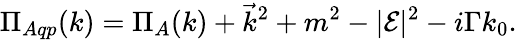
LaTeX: \Pi_{Aqp}(k)=\Pi_{A}(k)+\vec{k}^{2}+m^{2}-|{\cal E}|^{2}-i\Gamma k_{0}.